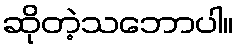
ဆိုတဲ့သဘောပါ။